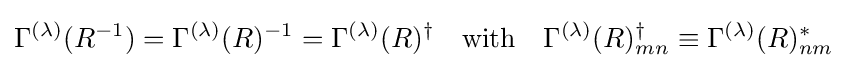
\Gamma ^{(\lambda )}(R^{-1})=\Gamma ^{(\lambda )}(R)^{-1}=\Gamma ^{(\lambda )}(R)^{\dagger }\quad {\hbox{with}}\quad \Gamma ^{(\lambda )}(R)_{mn}^{\dagger }\equiv \Gamma ^{(\lambda )}(R)_{nm}^{*}